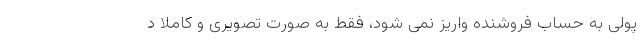
پولی به حساب فروشنده واریز نمی شود، فقط به صورت تصویری و کاملاً د